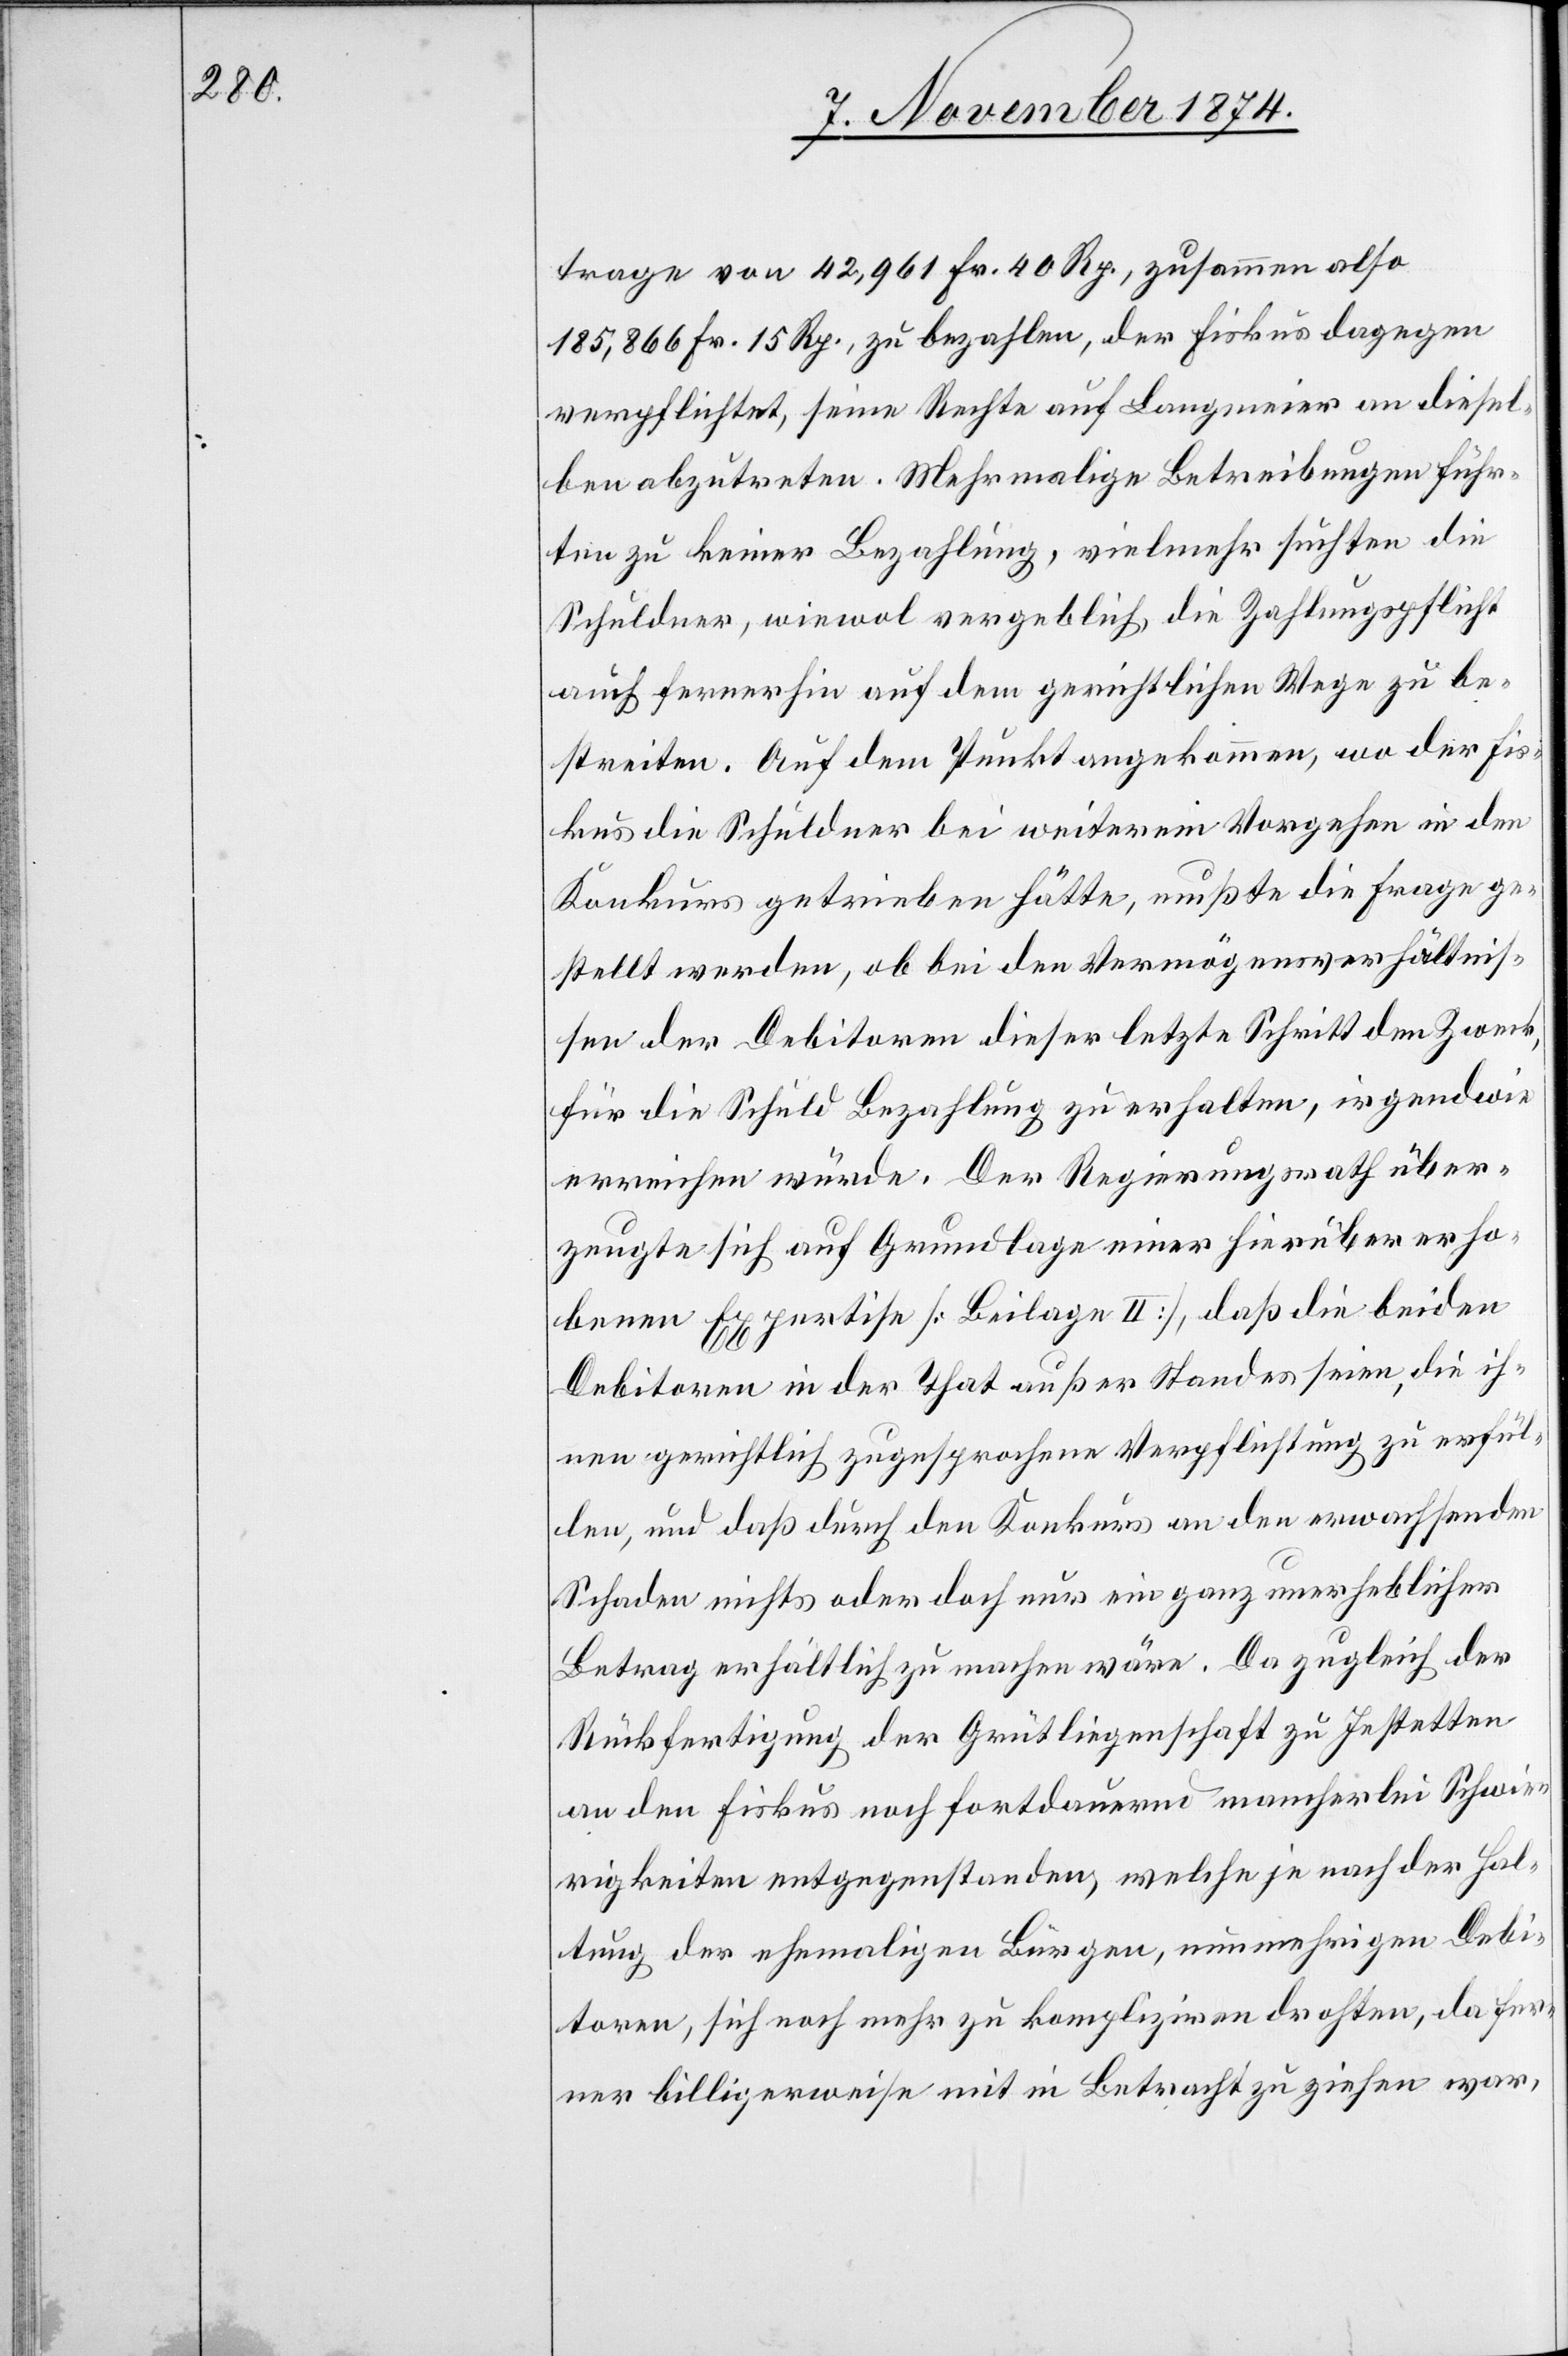
trage von 42,961 Fr. 40 Rp., zusammen also
185,866 Fr. 15 Rp., zu bezahlen, der Fiskus dagegen
verpflichtet, seine Rechte auf Langmeier an diesel¬
ben abzutreten. Mehrmalige Betreibungen führ¬
ten zu keiner Bezahlung, vielmehr suchten die
Schuldner, wiewol vergeblich die Zahlungspflicht
auch fernerhin auf dem gerichtlichen Wege zu be¬
streiten. Auf dem Punkt angekommen, wo der Fis¬
kus die Schuldner bei weiterem Vorgehen in den
Konkurs getrieben hätte, mußte die Frage ge¬
stellt werden, ob bei den Vermögensverhältnis¬
sen der Debitoren dieser letzte Schritt dem Zweck
für die Schuld Bezahlung zu erhalten, irgendwie
erreichen würde. Der Regierungsrath über¬
zeugte sich auf Grundlage einer hierüber erho¬
benen Expertise [Beilage II], daß die beiden
Debitoren in der That außer Standes seien, die ih¬
nen gerichtlich zugesprochene Verpflichtung zu erfül¬
len, und daß durch den Konkurs an den erwachsenden
Schaden nichts oder doch nur ein ganz unerheblicher
Betrag erhältlich zu machen wäre. Da zugleich der
Rückfertigung der Grütliegenschaft zu Jestetten
an den Fiskus noch fortdauernd mancherlei Schwie¬
rigkeiten entgegenstanden, welche je nach der Hal¬
tung der ehemaligen Bürgen, nunmehrigen Debi¬
toren, sich noch mehr zu kompliziren drohten, da fer¬
ner billigerweise mit in Betracht zu ziehen war,